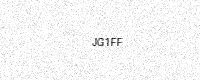
Text: JG1FF